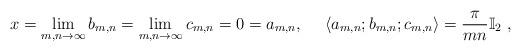
LaTeX: \begin{align*}x=\lim_{m,n\to \infty} b_{m,n}=\lim_{m,n\to \infty} c_{m,n}=0=a_{m,n}, \ \ \ \ \langle a_{m,n};b_{m,n};c_{m,n} \rangle= \frac{\pi}{mn}\mathbb{I}_2 \ ,\end{align*}